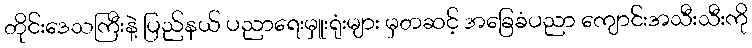
တိုင်းဒေသကြီးနဲ့ ပြည်နယ် ပညာရေးမှူးရုံးများ မှတဆင့် အခြေခံပညာ ကျောင်းအသီးသီးကို